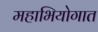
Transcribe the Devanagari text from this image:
महाभियोगात